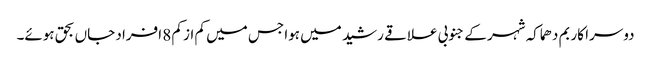
دوسرا کار بم دھماکہ شہر کے جنوبی علاقے رشید میں ہوا جس میں کم از کم 8 افراد جاں بحق ہوئے۔